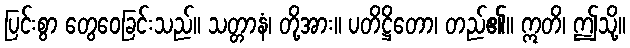
ပြင်းစွာ တွေဝေခြင်းသည်။ သတ္တာနံ၊ တို့အား။ ပတိဋ္ဌိတော၊ တည်၏။ ဣတိ၊ ဤသို့။